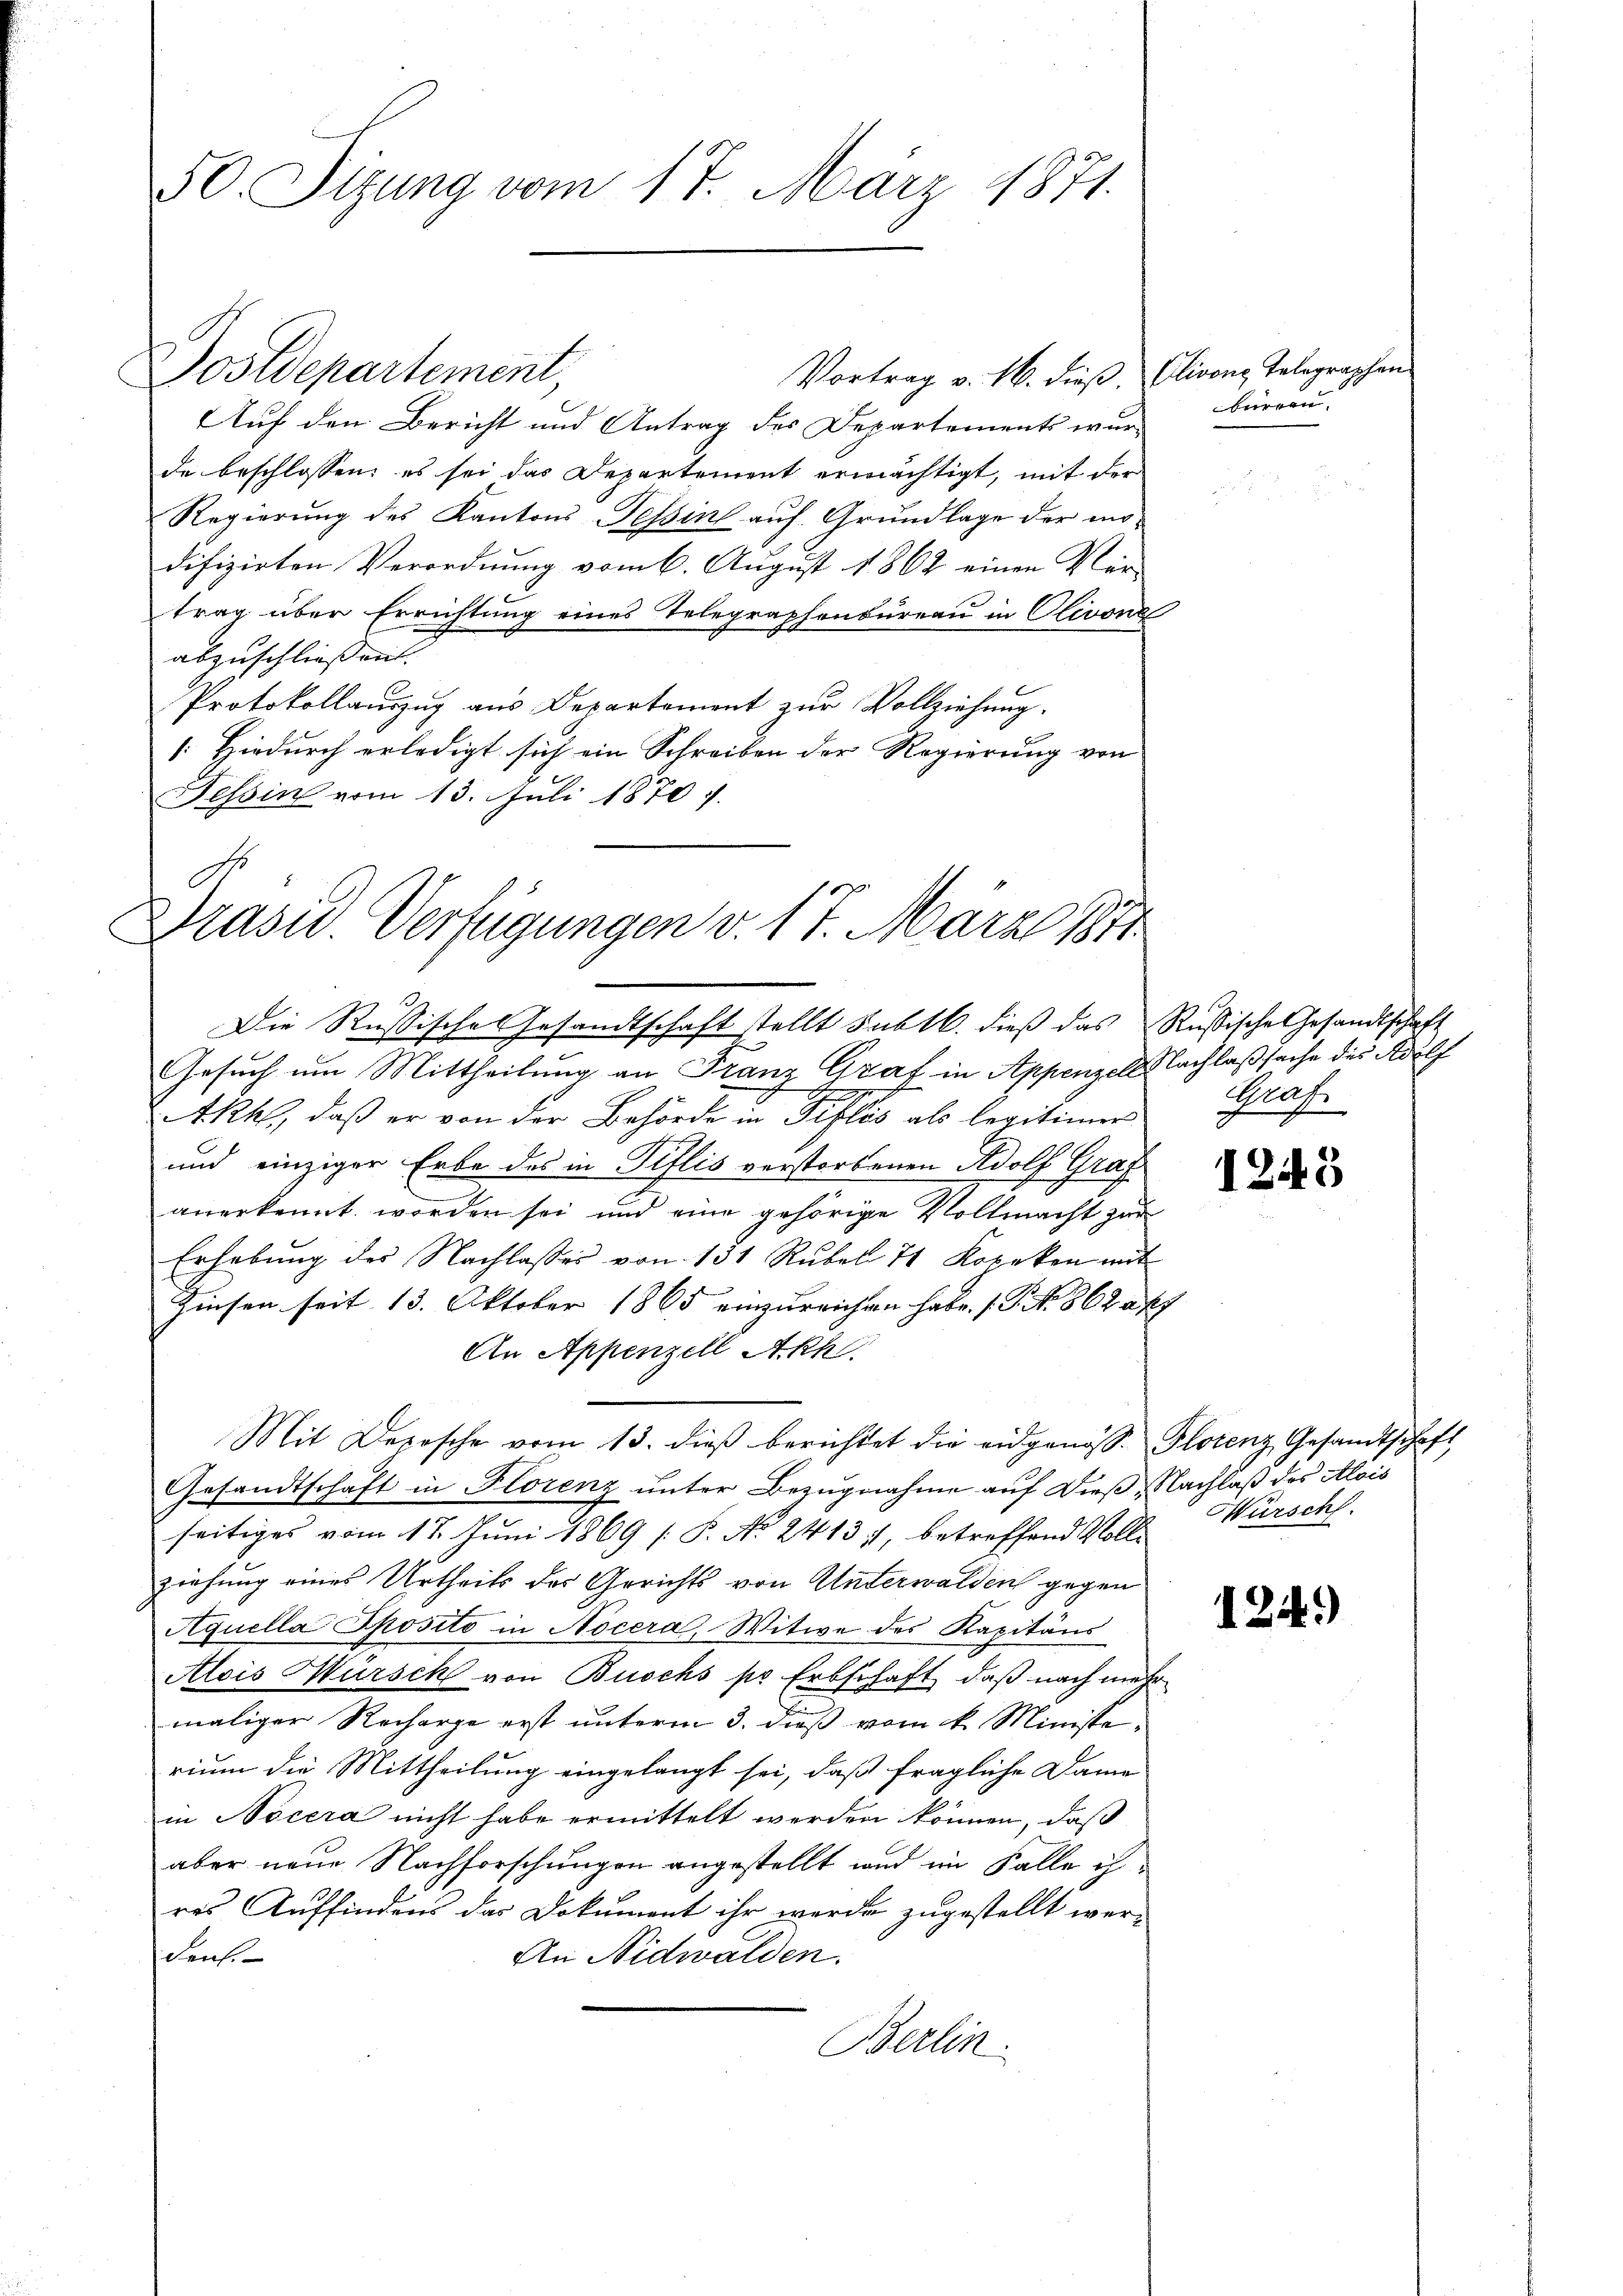
50. Sizung vom 17. März 1871.

Auf den Bericht und Antrag des Departements wurde beschlossen: es sei das Departement ermächtigt, mit der
Regierung des Kantons Tessin auf Grundlage der modifizirten Verordnung vom 6. August 1862 einen Ver-
trag über Errichtung eines Telegraphenbureau in Olivone
abzuschließen. |
Protokollauszug aus Departement zŭr Vollziehung.
[: Hiedurch erledigt sich ein Schreiben der Regierung von
Tessin vom 13. Juli 1870

Dostdepartement,

Präsid. Verfügungen v. 17. März 1871

Vortrag v. 16. dieß, Clivenz Telegraphen

Die Russische Gesandtschaft stellt subtl. dieß das Rußische Gesandtschaft

Bürren

Gesuch um Mittheilung an Franz Graf in Appenzell Nachlaßsache des Adolf
Akhl, daß er von der Behörde in Pislis als legitimer
und einziger Erbe des in Piflis verstorbenen Adolf Graf
anerkennt worden sei und eine gehörige Vollmacht zur
Erhebung des Nachlasses von 131 Rubel 71 Kopeken mit
Zinsen seit 13. Oktober 1865 einzureichen habe. (T. N. 862 ak
An Appenzell Akh.
Mit Deposche vom 13. dieβ berichtet die eidgenos- Plotenz Gesandtschaft
Gesandtschaft in Florenz unter Bezugnahme auf dieß Nachlaß des Alois
seitiges vom 17. Juni 1869 [P. No 2413), betreffend Voll-
ziehung eines Urtheils der Gerichts von Unterwalden gegen
Aquella Sposito in Nocera, Witwe des Kapitäns
Alois Würsch von Buochs pr Erbschaft, daß nach mehr
maliger Recharge erst unterm 3. dieß vom k. Ministe
rium die Mittheilung eingelangt sei, daß fragliche Dame
in Nocera nicht habe ermittelt werden können, daß
aber neue Nachforschungen angestellt und im Falle ih
res Auffindens das Dokument ihr werde zugestellt wer-
An Nidwalden.
denh
Berlin.

185

Graf

5

Hürschl.

1249)